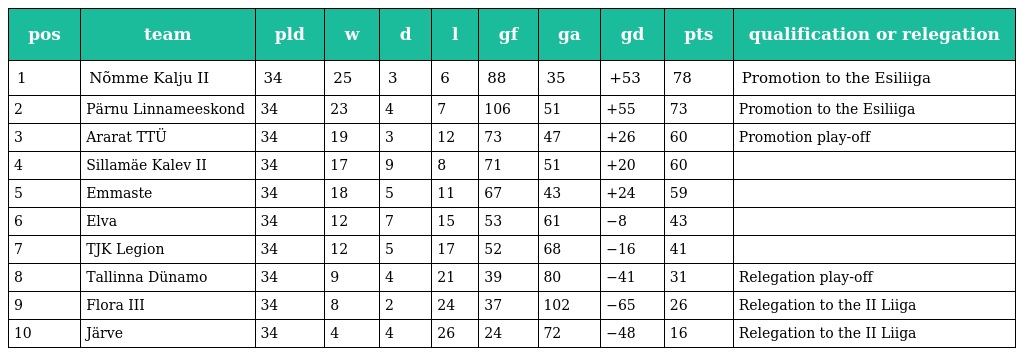
| pos | team | pld | w | d | l | gf | ga | gd | pts | qualification or relegation |
 | --- | --- | --- | --- | --- | --- | --- | --- | --- | --- | --- |
 | 1 | Nõmme Kalju II | 34 | 25 | 3 | 6 | 88 | 35 | +53 | 78 | Promotion to the Esiliiga |
 | 2 | Pärnu Linnameeskond | 34 | 23 | 4 | 7 | 106 | 51 | +55 | 73 | Promotion to the Esiliiga |
 | 3 | Ararat TTÜ | 34 | 19 | 3 | 12 | 73 | 47 | +26 | 60 | Promotion play-off |
 | 4 | Sillamäe Kalev II | 34 | 17 | 9 | 8 | 71 | 51 | +20 | 60 |  |
 | 5 | Emmaste | 34 | 18 | 5 | 11 | 67 | 43 | +24 | 59 |  |
 | 6 | Elva | 34 | 12 | 7 | 15 | 53 | 61 | −8 | 43 |  |
 | 7 | TJK Legion | 34 | 12 | 5 | 17 | 52 | 68 | −16 | 41 |  |
 | 8 | Tallinna Dünamo | 34 | 9 | 4 | 21 | 39 | 80 | −41 | 31 | Relegation play-off |
 | 9 | Flora III | 34 | 8 | 2 | 24 | 37 | 102 | −65 | 26 | Relegation to the II Liiga |
 | 10 | Järve | 34 | 4 | 4 | 26 | 24 | 72 | −48 | 16 | Relegation to the II Liiga |